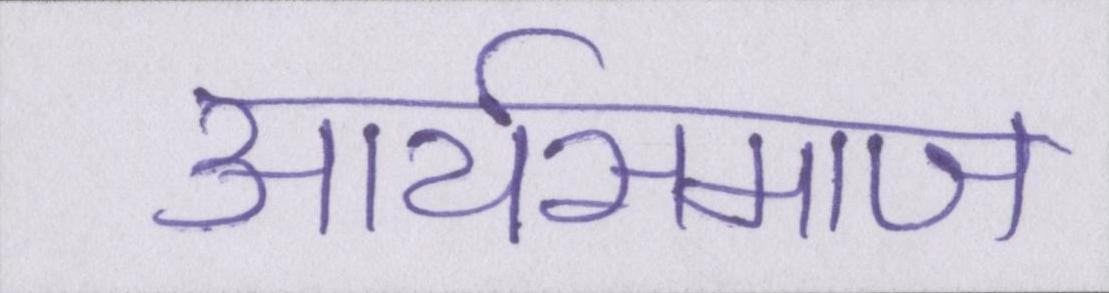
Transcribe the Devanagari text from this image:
आर्यसमाज